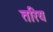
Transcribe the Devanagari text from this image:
तरिय